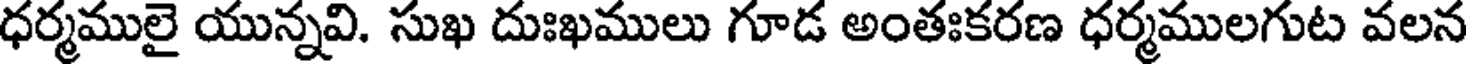
ధర్మములై యున్నవి. సుఖ దుఃఖములు గూడ అంతఃకరణ ధర్మములగుట వలన